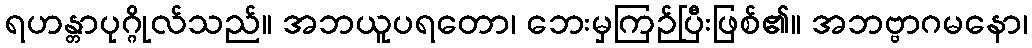
ရဟန္တာပုဂ္ဂိုလ်သည်။ အဘယူပရတော၊ ဘေးမှကြဉ်ပြီးဖြစ်၏။ အဘဗ္ဗာဂမနော၊